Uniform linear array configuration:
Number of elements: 48
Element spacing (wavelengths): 0.75
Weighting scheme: binomial
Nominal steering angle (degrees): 30
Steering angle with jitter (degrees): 30.077
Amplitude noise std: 0.05
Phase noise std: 0.05

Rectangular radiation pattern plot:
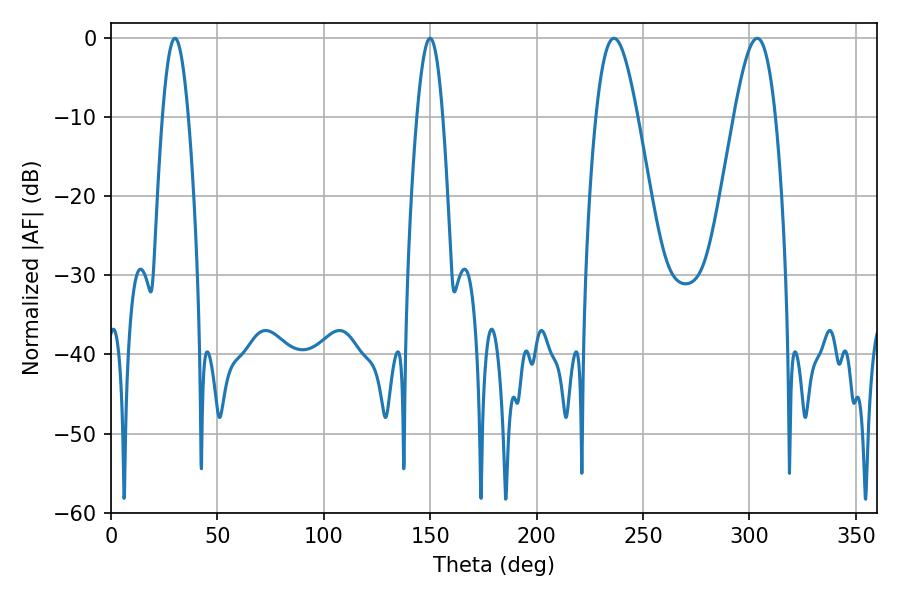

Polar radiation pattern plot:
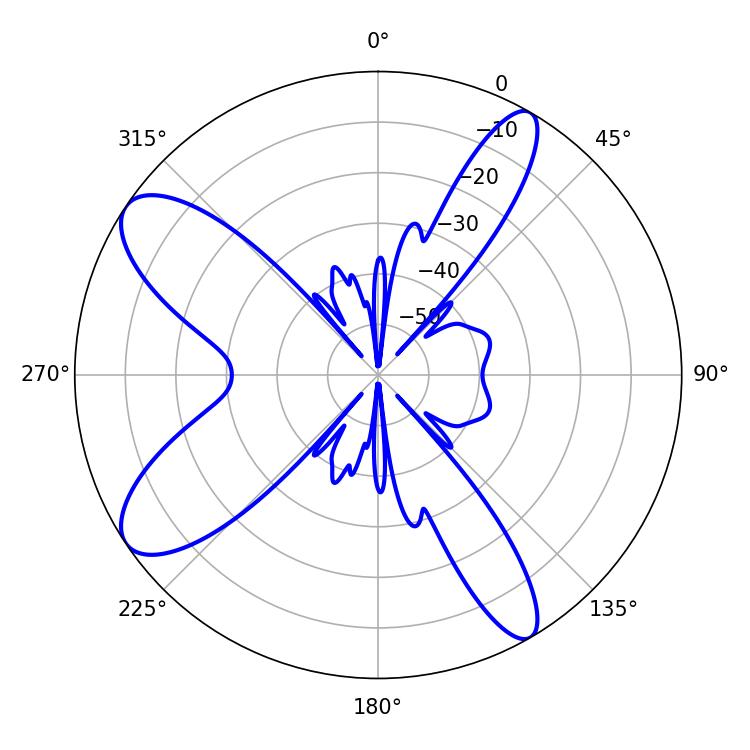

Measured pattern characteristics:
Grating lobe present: TRUE
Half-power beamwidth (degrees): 6.66
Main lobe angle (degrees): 30.06